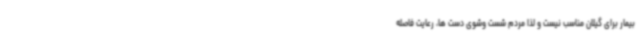
بیمار برای گیلان مناسب نیست و لذا مردم شست وشوی دست ها، رعایت فاصله